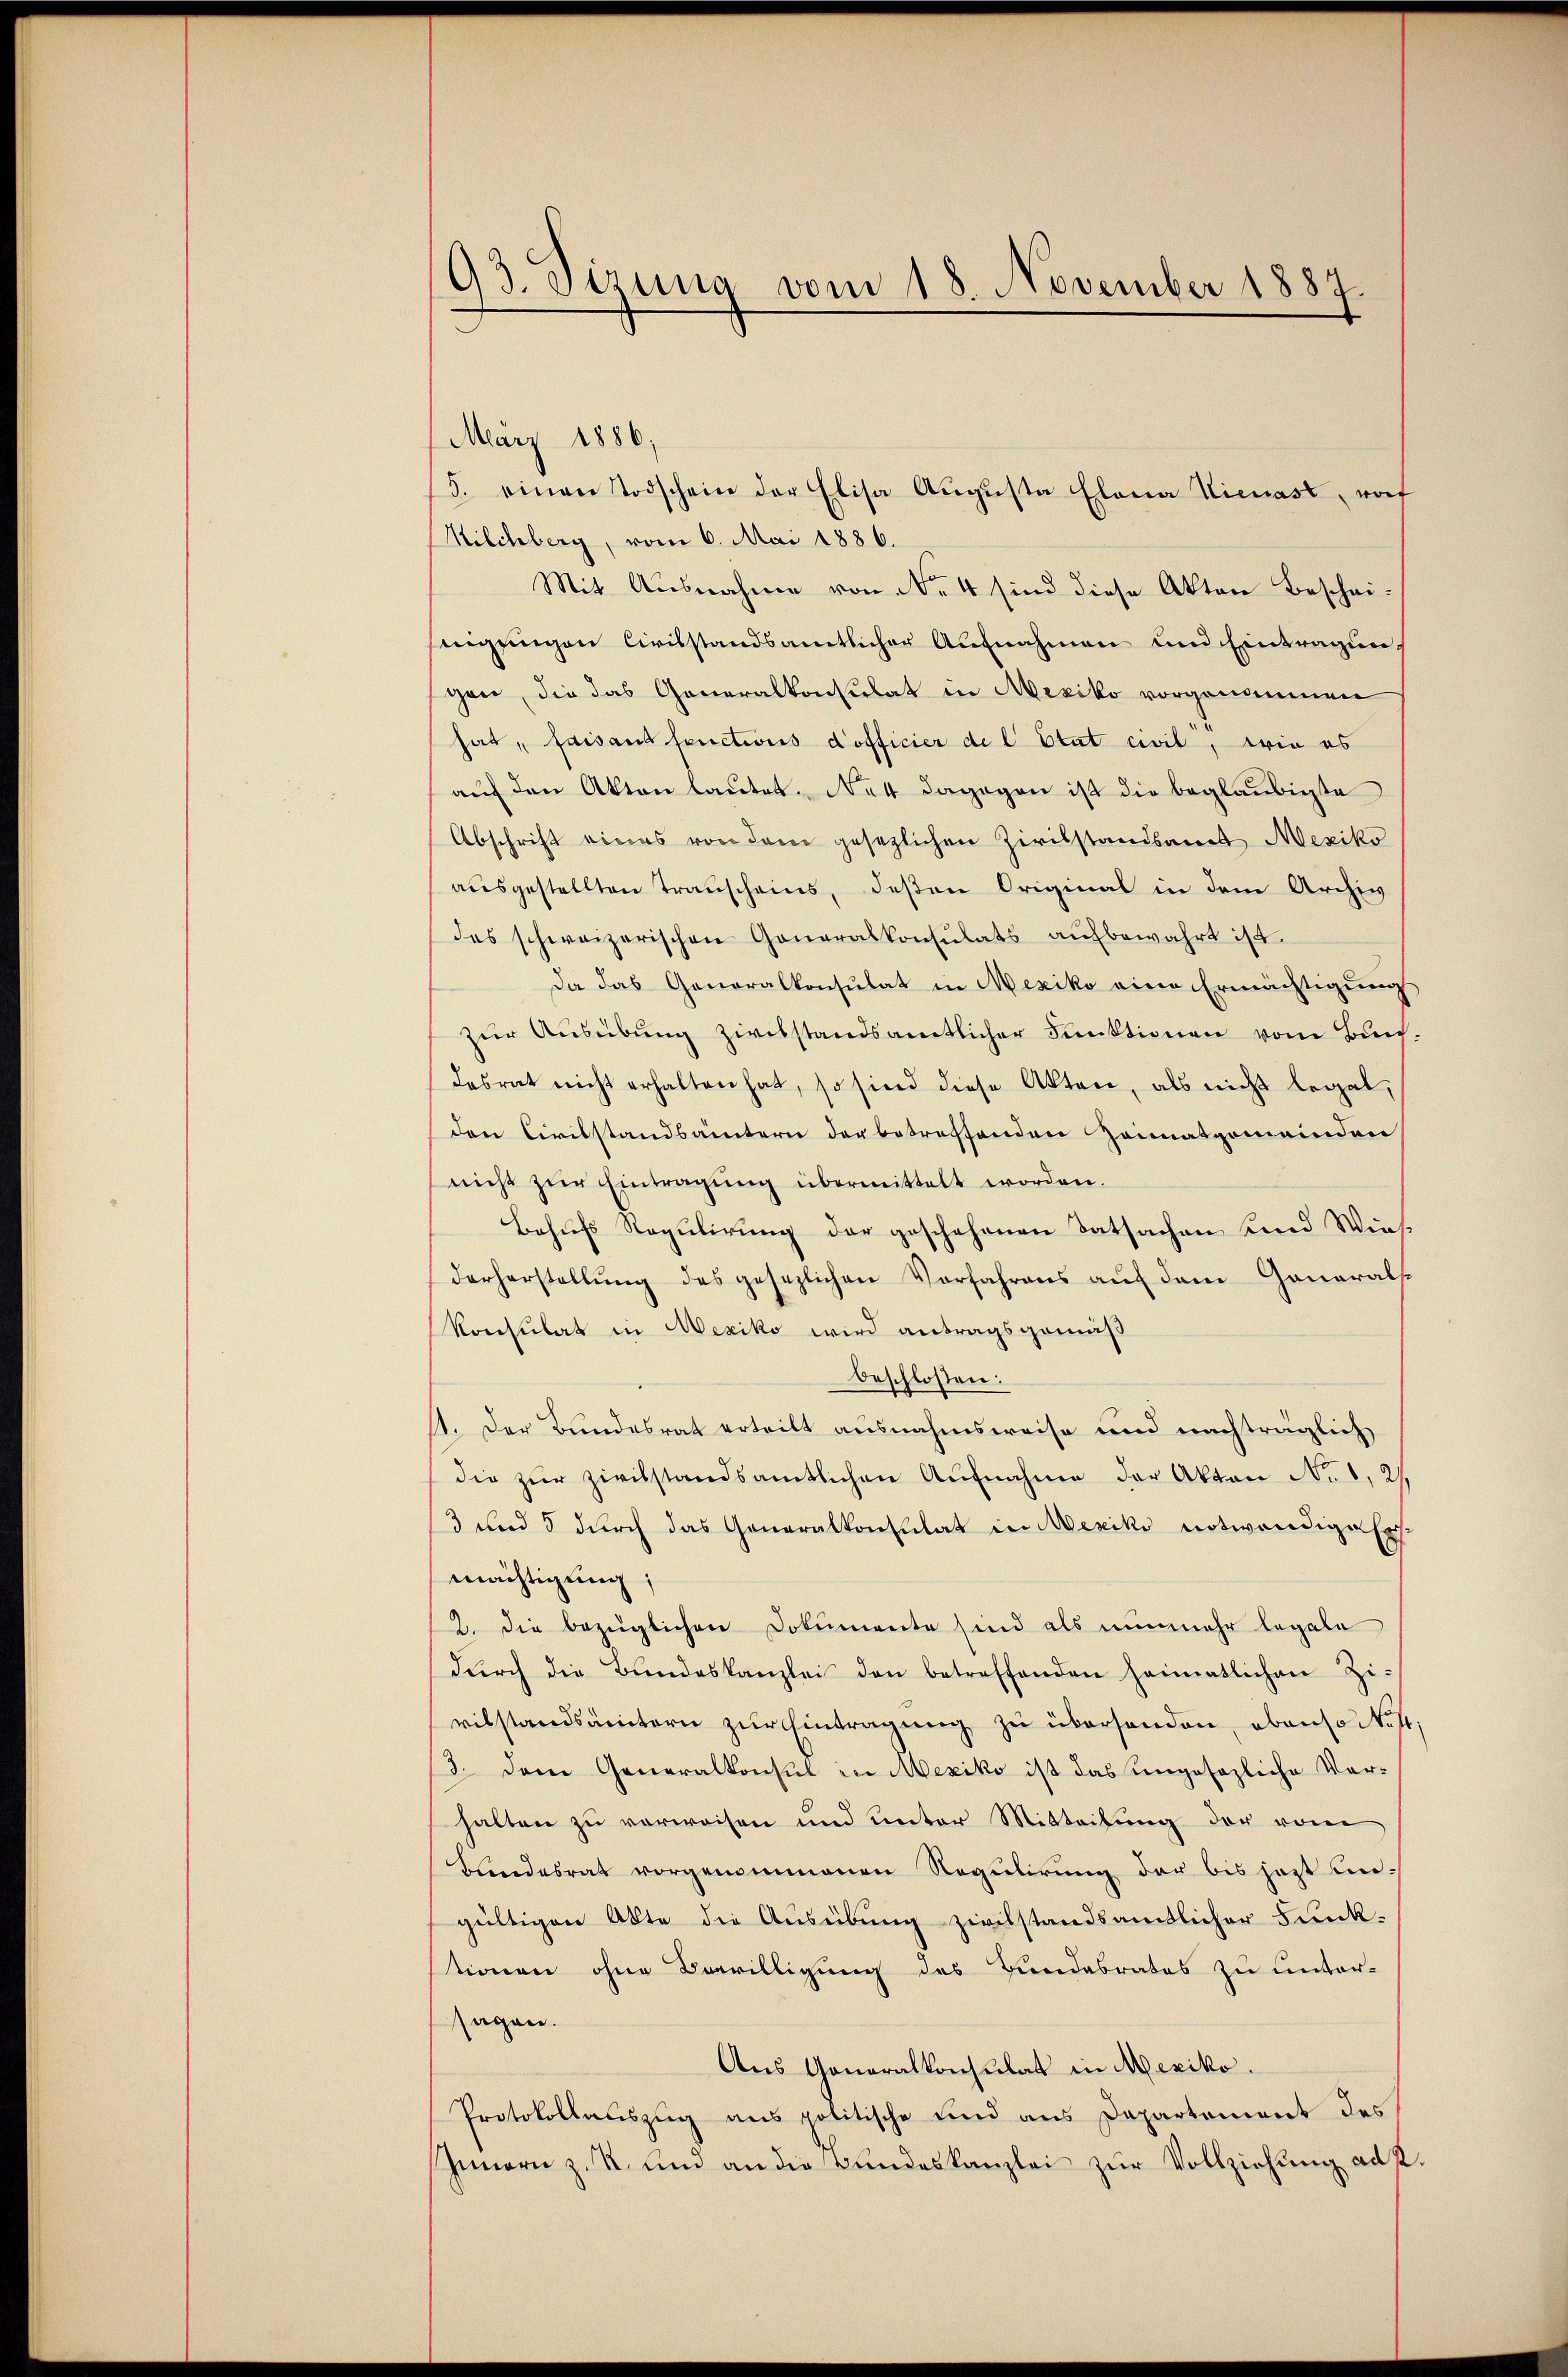
93. Sizung vom 18. November 1887.

März 1886,
5. einen Todschein der Elisa Augusta Elona Hienast, wof
Kilchberg, vom 6. Mai 1886.
Mit Ausnahme von No 4 sind diese Akten Bescheinigungen Civilstandsamtlicher Aufnahmen und Eintragungen, die das Generalkonsulat in Mexiko vorgenommen
hat, faisant fonctions d’officier de l. Etat civil, wie es
aŭf den Akten lautet. Nat dagegen ist die beglaubigte
Abschrift eines von dem gesezlichen Zivilstandsamt Mexiko
ausgestellten Transcheins, deßen Original in dem Archiv
des schweizerischen Generalkonsulats aŭfbewahrt ist.
Da das Generalkonsulat in Mexiko eine Ermächtigung
zur Ausübung zivilstandsamtlicher Funktionen vom Bundesrat nicht erhalten hat, so sind diese Akten, als nicht legal,
den Civilstandsämtern der betreffenden Heimatgemeinder
nicht zur Eintragung übermittelt worden.
Behufs Regulirung der geschehenen Tatsachen und Wiesderherstellung des gesezlichen Vorfahrens auf dem Generals
Konsulat in Mexiko wird antragsgemäß
beschlossen:
11. Der Bundesrat erteilt ausnahmsweise und nachträglich
die zŭr Zivilstandsamtlichen Aŭfnahme der Akten No 1, 2/
3 und 5 durch das Generalkonsulat in Mexiko notwendige Erst
mächtigung,
2. die bezüglichen Dokumente sind als nunmehr legale
dŭrch die Bŭndeskanzlei den betreffenden heimatlichen Zivilstandsämtern zŭr Eintragŭng zŭ überhanden, ebenso Nest,
13. dem Generalkonsul in Mexiko ist das ungesezliche Vorhalten zu verweisen und unter Mitteilung der von
Bundesrat vorgenommenen Regulirung der bis jetzt ungültigen Akte die Ausübung zivilstandsamtlicher Funk-
tionen ohne Bewilligung des Bundesrates zu unter-
sagen.
Aus Generalkonsulat in Mexiko.
Protokollauszug aus politische sind aus Departement des
Innern z. R. und an die Bundeskanzlei zur Vollziehung ad 2.